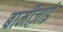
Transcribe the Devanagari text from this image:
बामीज़ाई